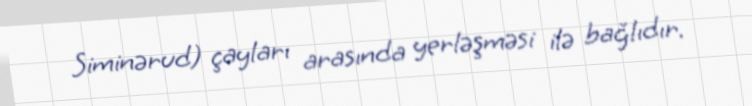
Siminərud) çayları arasında yerləşməsi ilə bağlıdır.